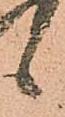
候